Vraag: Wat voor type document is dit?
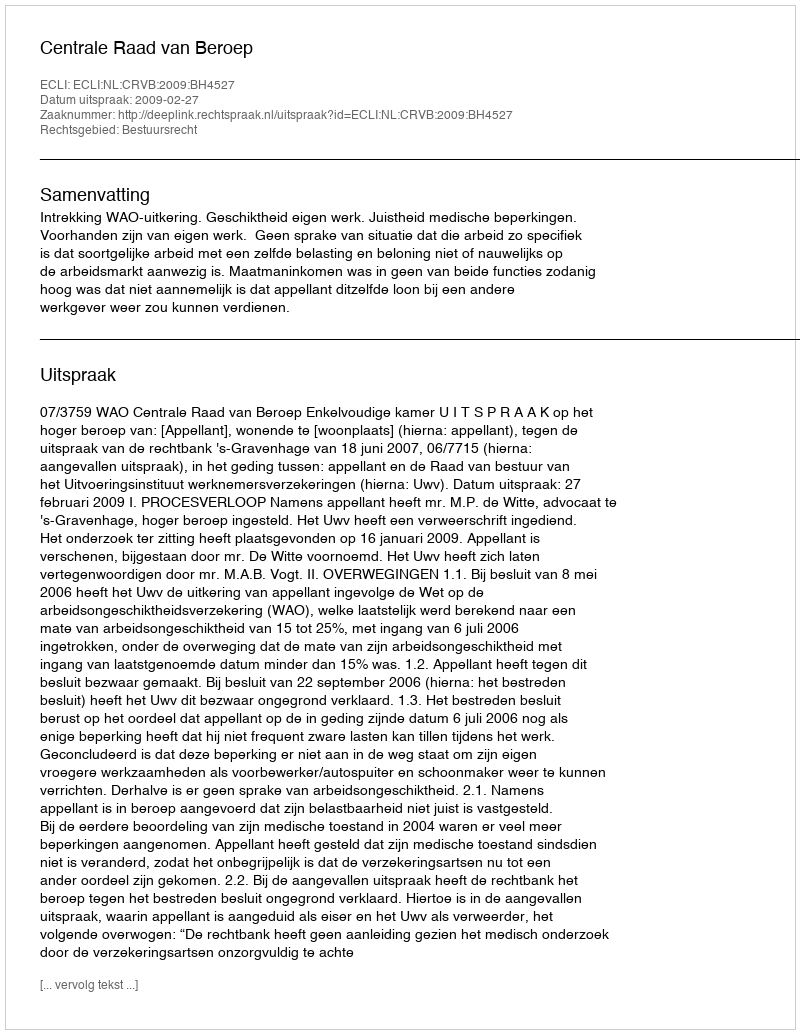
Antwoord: Uitspraak